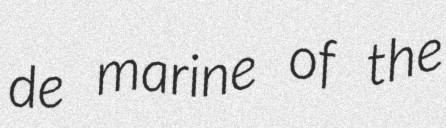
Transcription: de marine of the